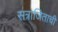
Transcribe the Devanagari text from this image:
सत्राजिताची